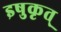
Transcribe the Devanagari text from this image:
इषुकृत्